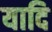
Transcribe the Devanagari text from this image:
यादि